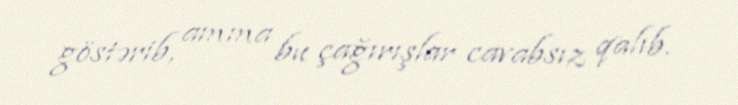
göstərib, amma bu çağırışlar cavabsız qalıb.